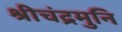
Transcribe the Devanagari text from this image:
श्रीचंद्रमुनि